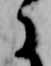
に